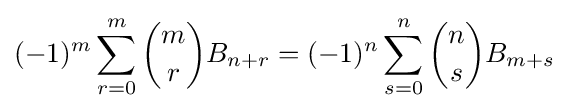
(-1)^{m}\sum _{r=0}^{m}{\binom {m}{r}}B_{n+r}=(-1)^{n}\sum _{s=0}^{n}{\binom {n}{s}}B_{m+s}